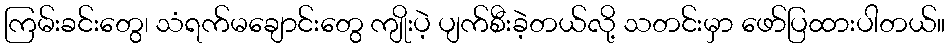
ကြမ်းခင်းတွေ၊ သံရက်မချောင်းတွေ ကျိုးပဲ့ ပျက်စီးခဲ့တယ်လို့ သတင်းမှာ ဖော်ပြထားပါတယ်။